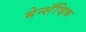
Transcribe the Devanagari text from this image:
मेन्शॅव्हिक